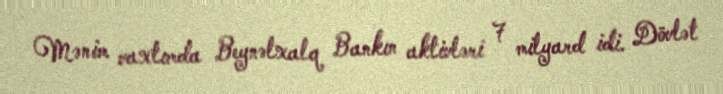
Mənim vaxtımda Beynəlxalq Bankın aktivləri 7 milyard idi. Dövlət